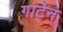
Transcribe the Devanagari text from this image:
गार्टेन